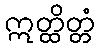
ဣတ္ထိတ္တံ